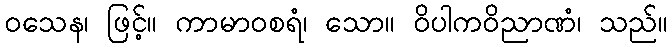
ဝသေန၊ ဖြင့်။ ကာမာဝစရံ၊ သော။ ဝိပါကဝိညာဏံ၊ သည်။